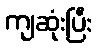
ကျဆုံးပြီး